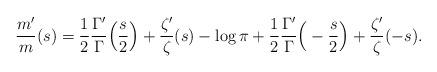
LaTeX: \begin{align*}\frac{m'}{m}(s)=\frac12\frac{\Gamma'}{\Gamma}\Big(\frac{s}{2}\Big)+\frac{\zeta'}{\zeta}(s)-\log\pi+\frac12\frac{\Gamma'}{\Gamma}\Big(-\frac{s}{2}\Big)+\frac{\zeta'}{\zeta}(-s).\end{align*}